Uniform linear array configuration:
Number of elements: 64
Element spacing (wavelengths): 0.25
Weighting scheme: hann
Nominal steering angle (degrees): -45
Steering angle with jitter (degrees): -43.401
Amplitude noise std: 0.05
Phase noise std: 0.05

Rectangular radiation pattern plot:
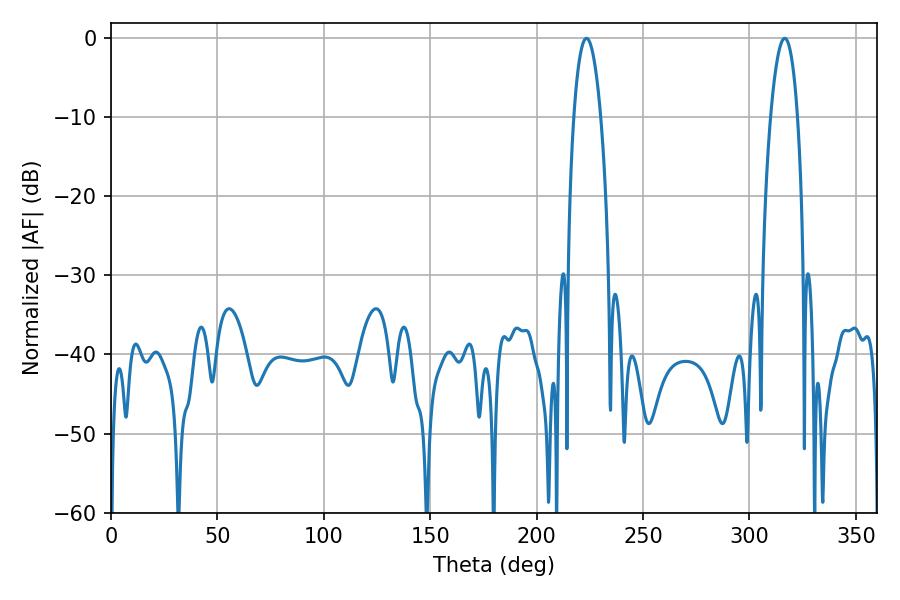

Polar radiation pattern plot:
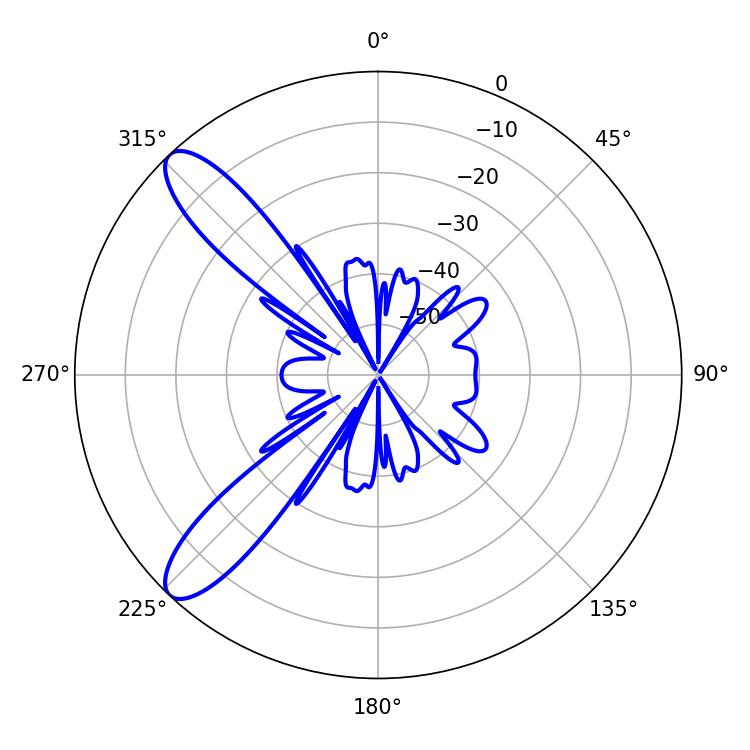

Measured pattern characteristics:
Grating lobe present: FALSE
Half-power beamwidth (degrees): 7.02
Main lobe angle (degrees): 223.38